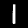
Label: 1